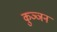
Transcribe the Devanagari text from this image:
कुञ्ञन